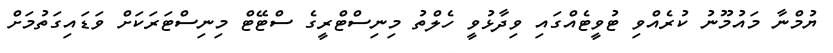
ޔުމްނާ މައުމޫނު ކުރެއްވި ޓުވީޓެއްގައި ވިދާޅުވީ ހެލްތު މިނިސްޓްރީގެ ސްޓޭޓް މިނިސްޓަރަކަށް ވަޑައިގަތުމަށް